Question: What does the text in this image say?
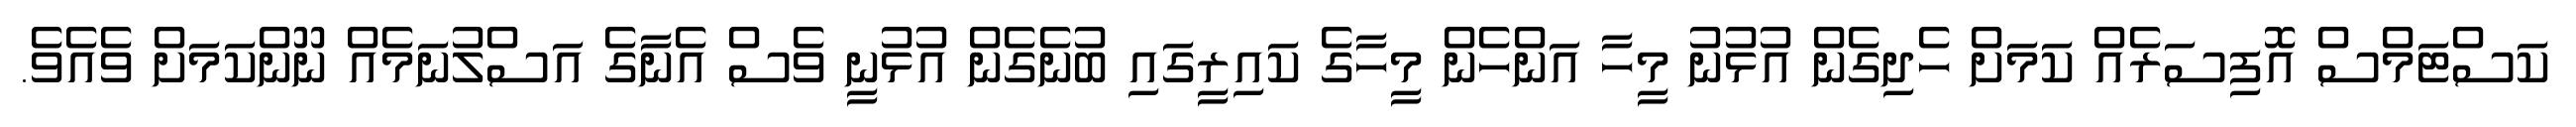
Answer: ކަސްޓަމްސް އޮފިސަރެއް ކަމަށް ހެދިގެން އުޅުނު މީހާ އަންހެން މީހާގެ ކައިރީގައި ބުނެގެން އުޅުނީ ވެސް އެނާގެ އަސްލުނަމެއް ނޫންކަމަށް ވެއެވެ.